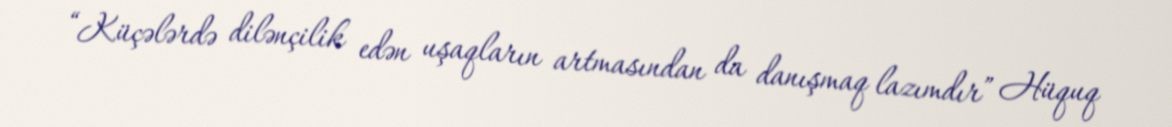
“Küçələrdə dilənçilik edən uşaqların artmasından da danışmaq lazımdır” Hüquq